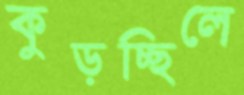
কুড়চ্ছিলে